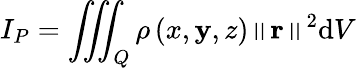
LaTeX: I_{P}=\iiint_{Q}\rho\left(x,\mathbf{y},z\right)\left\| \mathbf{{r}}\right\| ^{2}\mathrm{{d}}V